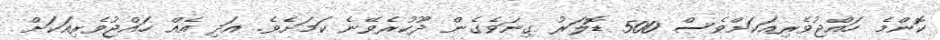
ކޮންމެ ހައްޖުވެރިއަކަށްވެސް 500 ޑޮލަރު ގިނަވެގެން ދޫކުރެވޭނެ ކަމަށެވެ. އަދި އެއް ހައްޖުވެރިއަކަށް